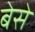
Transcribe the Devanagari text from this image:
बेसे